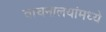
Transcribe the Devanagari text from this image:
वाचनालयांमध्ये